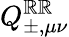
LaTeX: Q_{\pm,\mu\nu}^{\mathbb{R}\mathbb{R}}